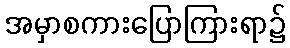
အမှာစကားပြောကြားရာ၌